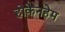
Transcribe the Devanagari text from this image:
होकेनहेम